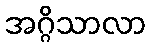
အဂ္ဂိသာလာ